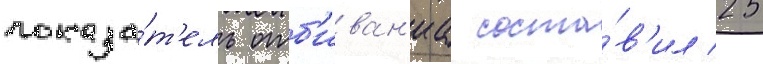
показа́т'ель отб'иван'иа соста́в'ил 25